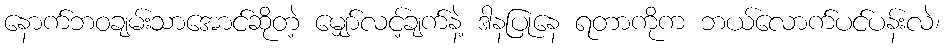
နောက်ဘဝချမ်းသာအောင်ဆိုတဲ့ မျှော်လင့်ချက်နဲ့ ဒါနပြုနေ ရတာကိုက ဘယ်လောက်ပင်ပန်းလဲ၊